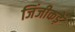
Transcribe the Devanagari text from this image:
जिंजीकड़े